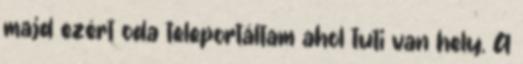
majd ezért oda teleportáltam ahol tuti van hely. A